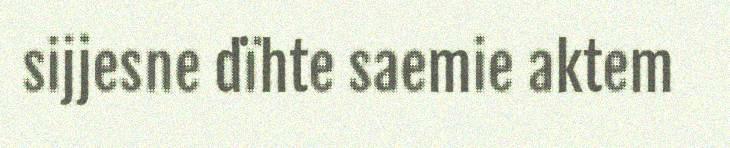
sijjesne dïhte saemie aktem